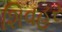
શિવહર